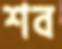
শব